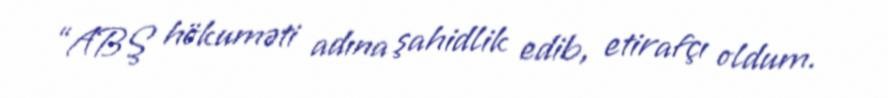
“ABŞ hökuməti adına şahidlik edib, etirafçı oldum.